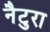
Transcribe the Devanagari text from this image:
नैटुरा